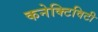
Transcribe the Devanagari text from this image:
कनेक्‍टिविटी